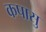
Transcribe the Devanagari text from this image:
कपासु